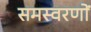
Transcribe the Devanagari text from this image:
समस्वरणों